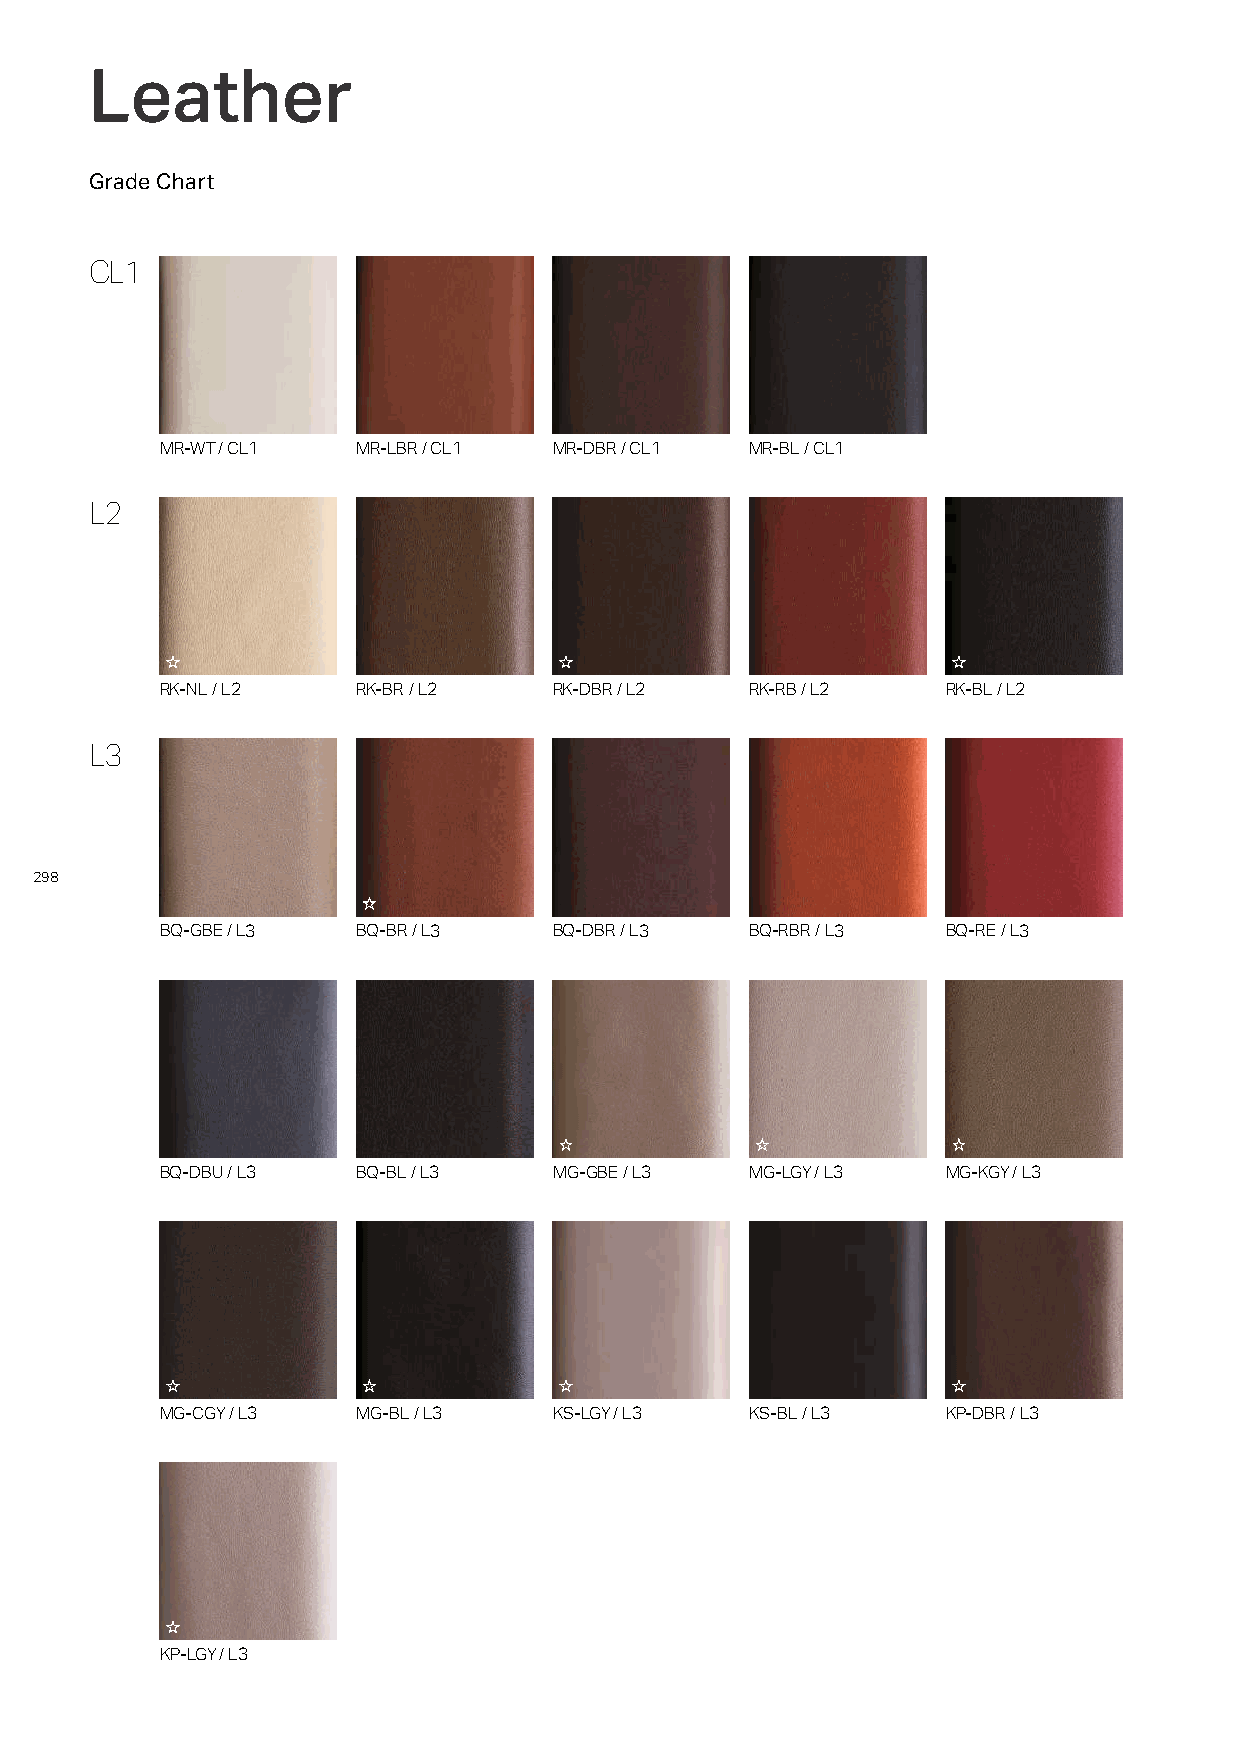
LLeeaatthheerr
 Grade Chart
 CL1
 MR-WT/CL1    MR-LBR/CL1   MR-DBR/CL1   MR-BL/CL1
 L2
 RK-NL/L2     RK-BR/L2     RK-DBR/L2    RK-RB/L2     RK-BL/L2
 L3
 298
 BQ-GBE/L3    BQ-BR/L3     BQ-DBR/L3    BQ-RBR/L3    BQ-RE/L3
 BQ-DBU/L3    BQ-BL/L3     MG-GBE/L3    MG-LGY/L3    MG-KGY/L3
 MG-CGY/L3    MG-BL/L3     KS-LGY/L3    KS-BL/L3     KP-DBR/L3
 KP-LGY/L3